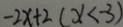
- 2 x + 2 ( x < - 3 )